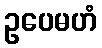
ဥပေမဟံ